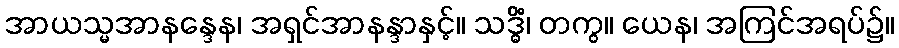
အာယသ္မအာနန္ဒေန၊ အရှင်အာနန္ဒာနှင့်။ သဒ္ဓိံ၊ တကွ။ ယေန၊ အကြင်အရပ်၌။